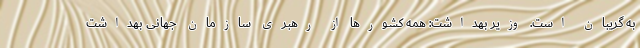
به گریبان است. وزیر بهداشت: همه کشورها از رهبری سازمان جهانی بهداشت